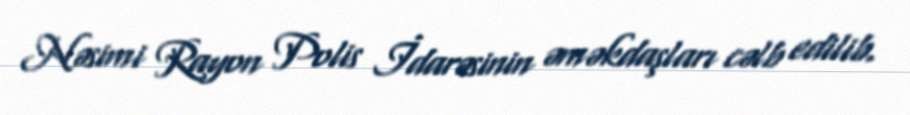
Nəsimi Rayon Polis İdarəsinin əməkdaşları cəlb edilib.